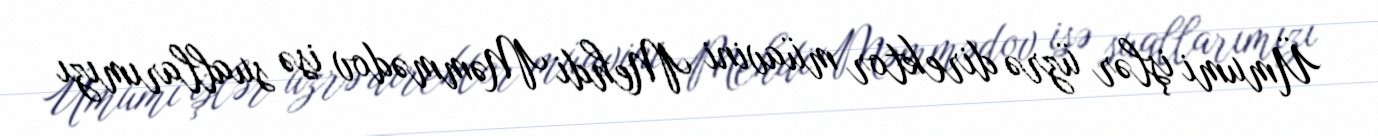
Ümumi işlər üzrə direktor müavini Mehdi Məmmədov isə suallarımızı